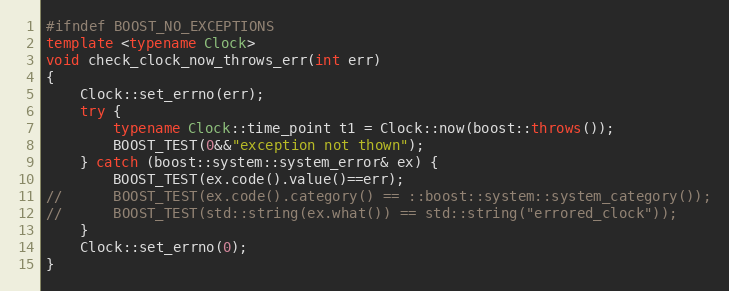
Language: C++
#ifndef BOOST_NO_EXCEPTIONS
template <typename Clock>
void check_clock_now_throws_err(int err)
{
    Clock::set_errno(err);
    try {
        typename Clock::time_point t1 = Clock::now(boost::throws());
        BOOST_TEST(0&&"exception not thown");
    } catch (boost::system::system_error& ex) {
        BOOST_TEST(ex.code().value()==err);
//      BOOST_TEST(ex.code().category() == ::boost::system::system_category());
//      BOOST_TEST(std::string(ex.what()) == std::string("errored_clock"));
    }
    Clock::set_errno(0);
}